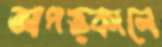
আপত্কালে